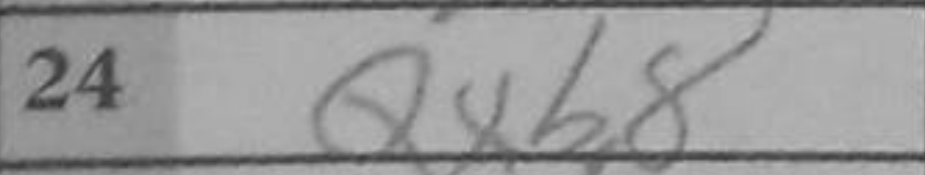
Transcription: Qxb8